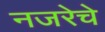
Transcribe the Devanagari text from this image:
नजरेचे